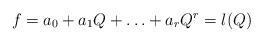
LaTeX: \begin{align*}f=a_0+a_1Q+\ldots+a_rQ^r=l(Q)\end{align*}